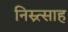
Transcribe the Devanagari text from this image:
निस्र्त्साह